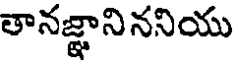
తానజ్ఞాని ననియు